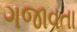
ગજાવતા